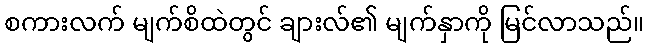
စကားလက် မျက်စိထဲတွင် ချားလ်၏ မျက်နှာကို မြင်လာသည်။